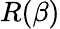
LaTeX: R(\beta)